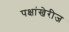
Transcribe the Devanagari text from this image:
पक्षांखेरीज